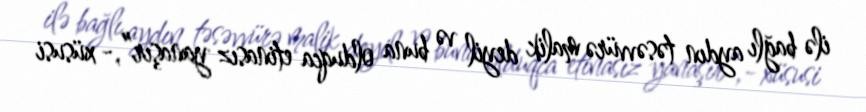
ilə bağlı aydın təsəvvürə malik deyil və buna olduqca etinasız yanaşır”,- xüsusi